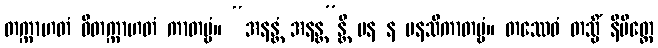
တက္ကာဟတံ ဝိတက္ကာဟတံ ကာတဗ္ဗံ။ “အနန္တံ အနန္တ”န္တိ ပန န မနသိကာတဗ္ဗံ။ တဿေဝံ တသ္မိံ နိမိတ္တေ